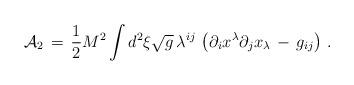
LaTeX: \begin{align*}{\cal A}_{2}\,=\,\frac{1}{2}M^{2}\int\limits^{}_{}d^{2}\xi\sqrt{g}\,\lambda^{ij}\,\left(\partial_{i}x^{\lambda}\partial_{j}x_{\lambda}\,-\,g_{ij}\right)\,{.}\end{align*}